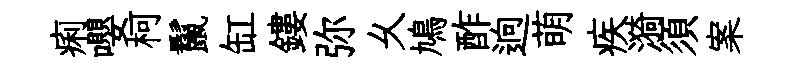
痢嚶柯鬣缸鏤弥乆鳩酢逈萌疾漪須案